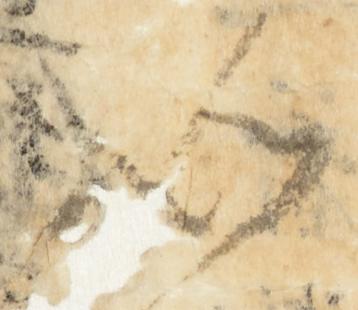
如